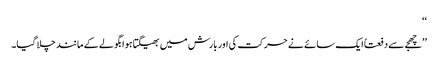
‘‘
’’چھجے سے دفعتاً ایک سائے نے حرکت کی اور بارش میں بھیگتا ہوا بگولے کے مانند چلا گیا۔